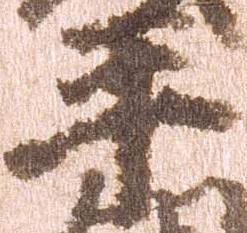
平